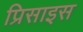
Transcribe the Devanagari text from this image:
प्रिसाइस